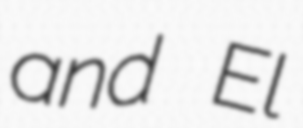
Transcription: and El